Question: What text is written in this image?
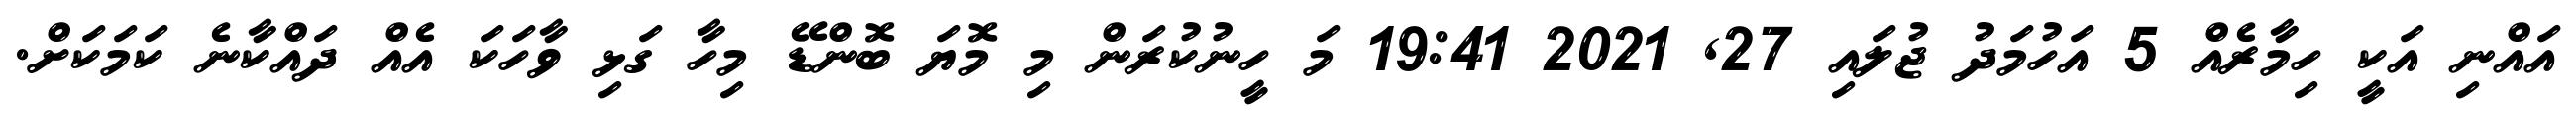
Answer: އައްނި އަކީ ހިމާރެއް 5 އަހުމަދު ޖުލައި 27, 2021 19:41 މަ ހީނުކުރަން މި މޮޔަ ބޮންޑޭ މިހާ ގަޅި ވާހަކަ އެއް ދައްކާނެ ކަމަކަށް.